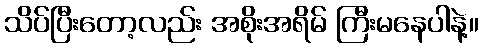
သိပ်ပြီးတော့လည်း အစိုးအရိမ် ကြီးမနေပါနဲ့။